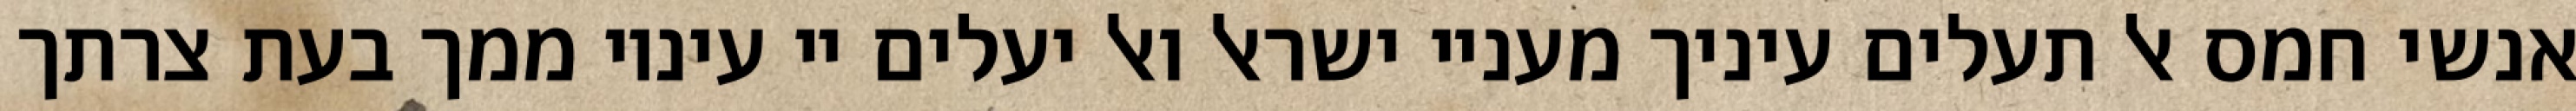
אנשי חמס אל תעלים עיניך מעניי ישראל ואל יעלים יי עיניו ממך בעת צרתך